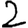
Digit: 2